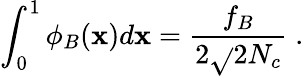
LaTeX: \int_{0}^{1}\phi_{B}(\mathbf{x})d\mathbf{x}=\frac{{f_{B}}}{{2\sqrt{}{{2N_{c}}}}}\; .